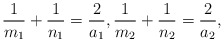
\begin{align*}\frac{1}{m_1} +\frac{1}{n_1} =\frac{2}{a_1}, \frac{1}{m_2} +\frac{1}{n_2} =\frac{2}{a_2},\end{align*}